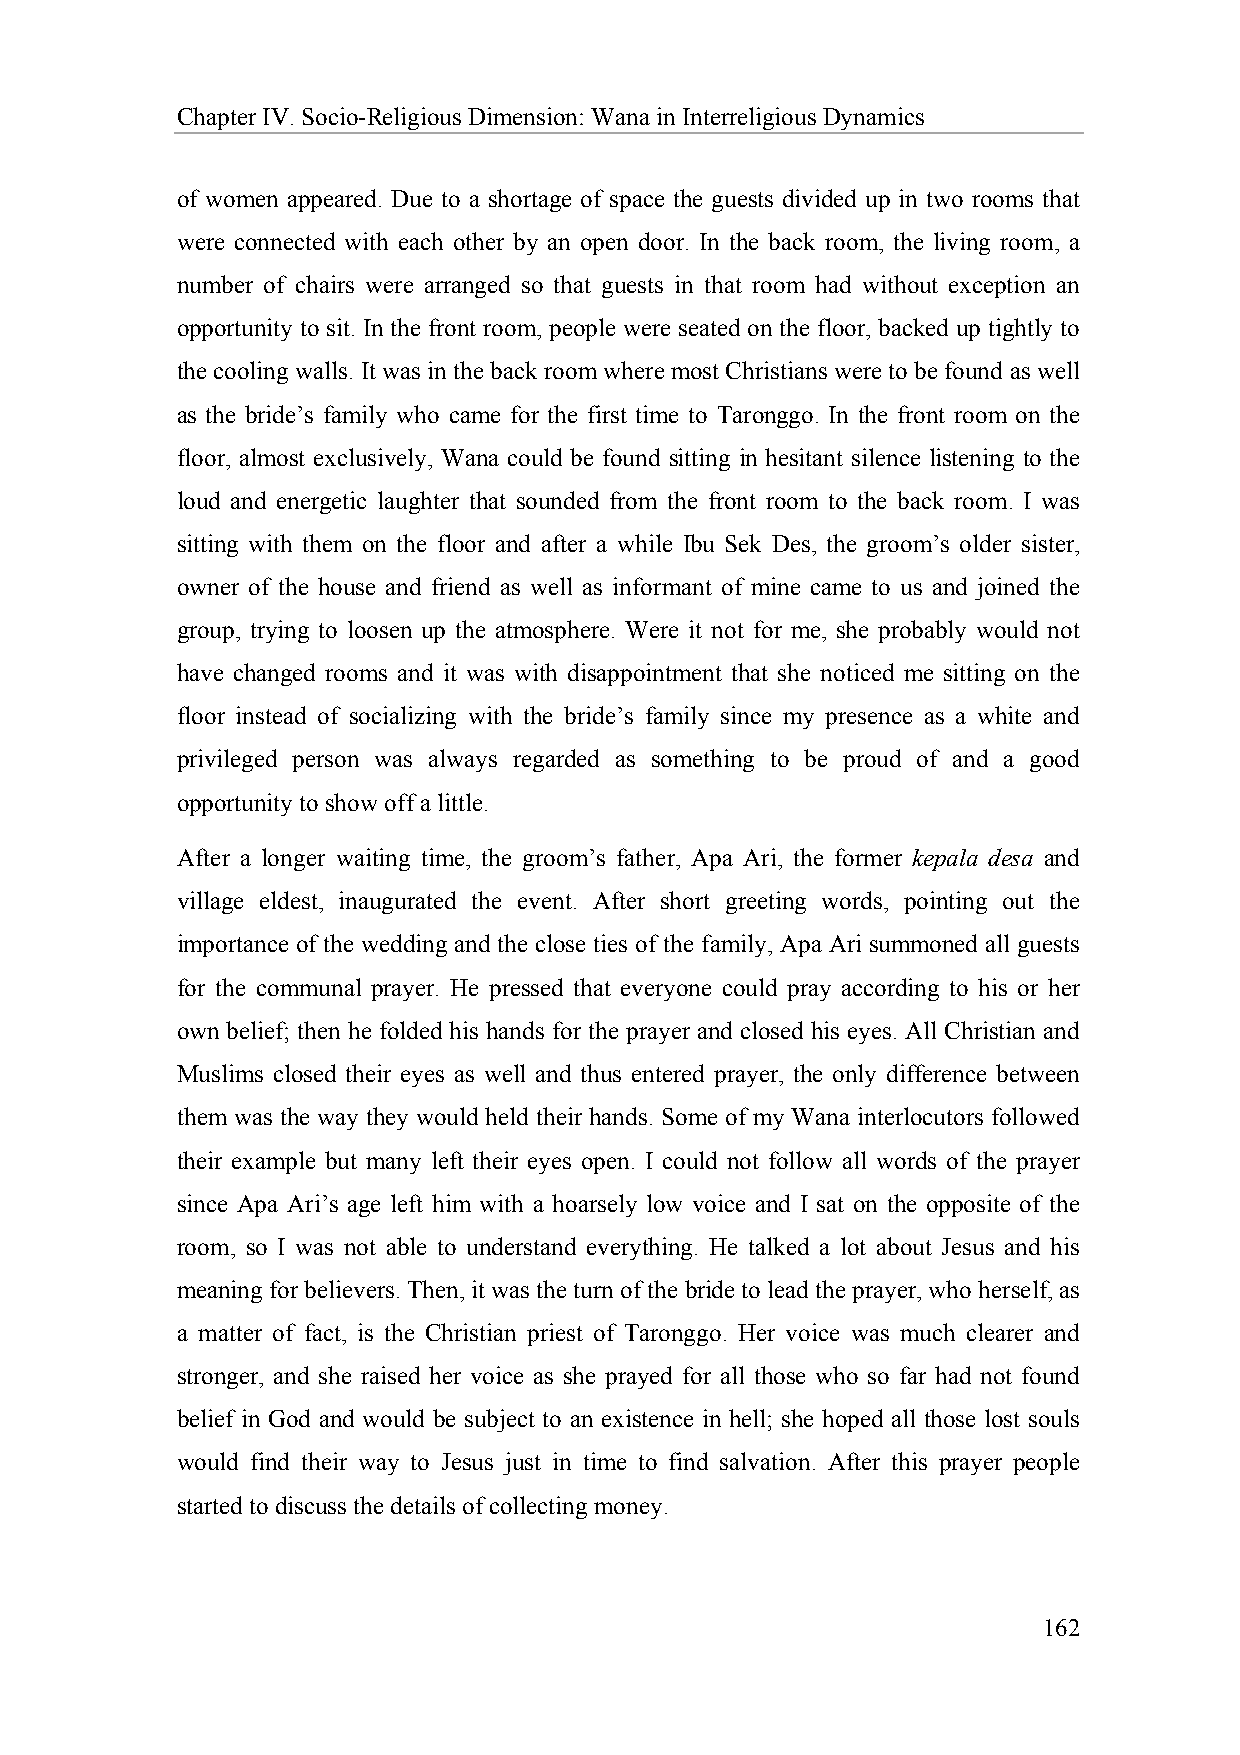
Chapter IV. Socio-Religious Dimension: Wana in Interreligious Dynamics
 of women appeared. Due to a shortage of space the guests divided up in two rooms that
 were connected with each other by an open door. In the back room, the living room, a
 number of chairs were arranged so that guests in that room had without exception an
 opportunity to sit. In the front room, people were seated on the floor, backed up tightly to
 the cooling walls. It was in the back room where most Christians were to be found as well
 as the bride’s family who came for the first time to Taronggo. In the front room on the
 floor, almost exclusively, Wana could be found sitting in hesitant silence listening to the
 loud and energetic laughter that sounded from the front room to the back room. I was
 sitting with them on the floor and after a while Ibu Sek Des, the groom’s older sister,
 owner of the house and friend as well as informant of mine came to us and joined the
 group, trying to loosen up the atmosphere. Were it not for me, she probably would not
 have changed rooms and it was with disappointment that she noticed me sitting on the
 floor instead of socializing with the bride’s family since my presence as a white and
 privileged person was always regarded as something to be proud of and a good
 opportunity to show off a little.
 After a longer waiting time, the groom’s father, Apa Ari, the former kepala desa and
 village eldest, inaugurated the event. After short greeting words, pointing out the
 importance of the wedding and the close ties of the family, Apa Ari summoned all guests
 for the communal prayer. He pressed that everyone could pray according to his or her
 own belief; then he folded his hands for the prayer and closed his eyes. All Christian and
 Muslims closed their eyes as well and thus entered prayer, the only difference between
 them was the way they would held their hands. Some of my Wana interlocutors followed
 their example but many left their eyes open. I could not follow all words of the prayer
 since Apa Ari’s age left him with a hoarsely low voice and I sat on the opposite of the
 room, so I was not able to understand everything. He talked a lot about Jesus and his
 meaning for believers. Then, it was the turn of the bride to lead the prayer, who herself, as
 a matter of fact, is the Christian priest of Taronggo. Her voice was much clearer and
 stronger, and she raised her voice as she prayed for all those who so far had not found
 belief in God and would be subject to an existence in hell; she hoped all those lost souls
 would find their way to Jesus just in time to find salvation. After this prayer people
 started to discuss the details of collecting money.
 162